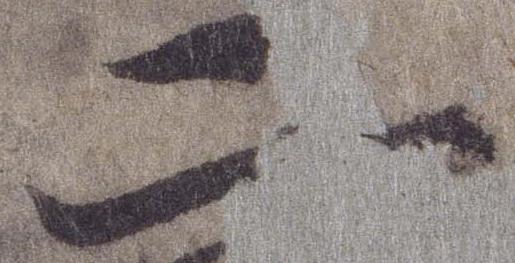
二